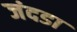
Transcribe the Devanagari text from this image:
जंदडा